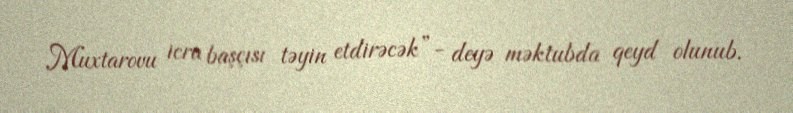
Muxtarovu icra başçısı təyin etdirəcək”- deyə məktubda qeyd olunub.